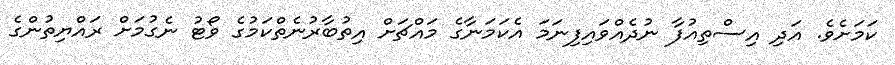
ކަމަށެވެ. އަދި އިސްތިއުފާ ނުދެއްވައިފިނަމަ އެކަމަނާގެ މައްޗަށް އިތުބާރުނެތްކަމުގެ ވޯޓު ނެގުމަށް ރައްޔިތުންގެ